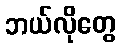
ဘယ်လိုတွေ